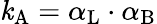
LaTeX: \mathit{k}_{\mathrm{{{A}}}}=\alpha_{\mathrm{{{L}}}}\cdot\alpha_{\mathrm{{{B}}}}